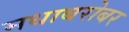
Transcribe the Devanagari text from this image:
मधाबरोबर